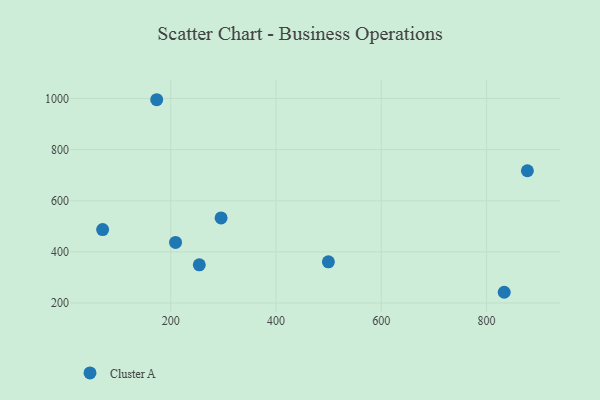
{"axis": {"x": "Price", "y": "Profit"}, "legend": ["Cluster A"], "data": [{"x": "173.4", "y": 995.1, "type": "Cluster A"}, {"x": "499.5", "y": 361.2, "type": "Cluster A"}, {"x": "254.3", "y": 349.5, "type": "Cluster A"}, {"x": "209.2", "y": 436.9, "type": "Cluster A"}, {"x": "295.7", "y": 533.0, "type": "Cluster A"}, {"x": "833.4", "y": 242.1, "type": "Cluster A"}, {"x": "877.4", "y": 717.4, "type": "Cluster A"}, {"x": "70.7", "y": 487.4, "type": "Cluster A"}]}